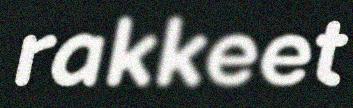
rakkeet